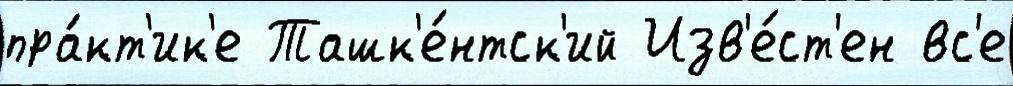
пра́кт'ик'е Ташк'е́нтск'ий Изв'е́ст'ен вс'е